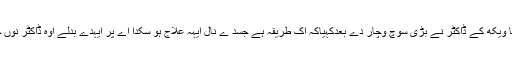
اوہنوں ترایا ہویا ویکھ کے ڈاکٹر نے بڑی سوچ وچار دے بعدکہیاکہ اک طریقہ ہے جسد ے نال ایہہ علاج ہو سکدا اے پر ایہدے بدلے اوہ ڈاکٹر نوں چھڈ دیون گے ۔